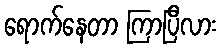
ရောက်နေတာ ကြာပြီလား